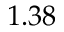
1 . 3 8